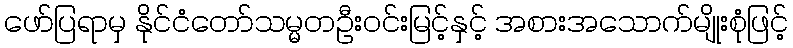
ဖော်ပြရာမှ နိုင်ငံတော်သမ္မတဦးဝင်းမြင့်နှင့် အစားအသောက်မျိုးစုံဖြင့်